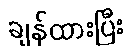
ချန်ထားပြီး